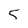
Character: 5